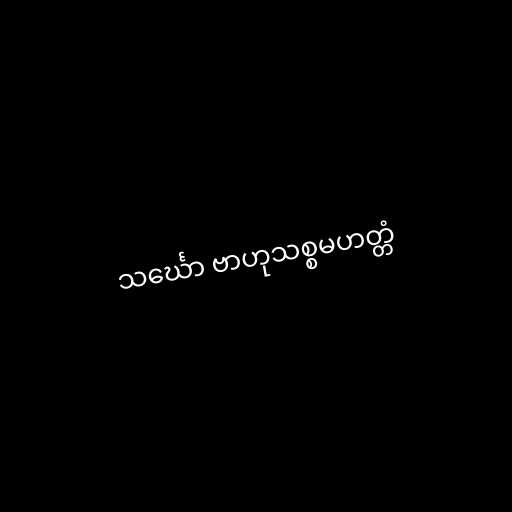
သင်္ဃော ဗာဟုသစ္စမဟတ္တံ